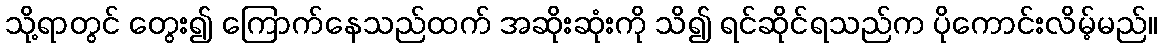
သို့ရာတွင် တွေး၍ ကြောက်နေသည်ထက် အဆိုးဆုံးကို သိ၍ ရင်ဆိုင်ရသည်က ပိုကောင်းလိမ့်မည်။